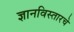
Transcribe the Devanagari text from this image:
ज्ञानविस्तारचे